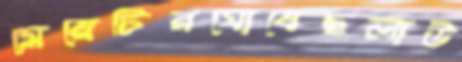
মেয়েটিরঘোষেছলাউ